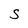
Character: S